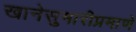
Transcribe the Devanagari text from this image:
खानेसुमारीप्रमाणे